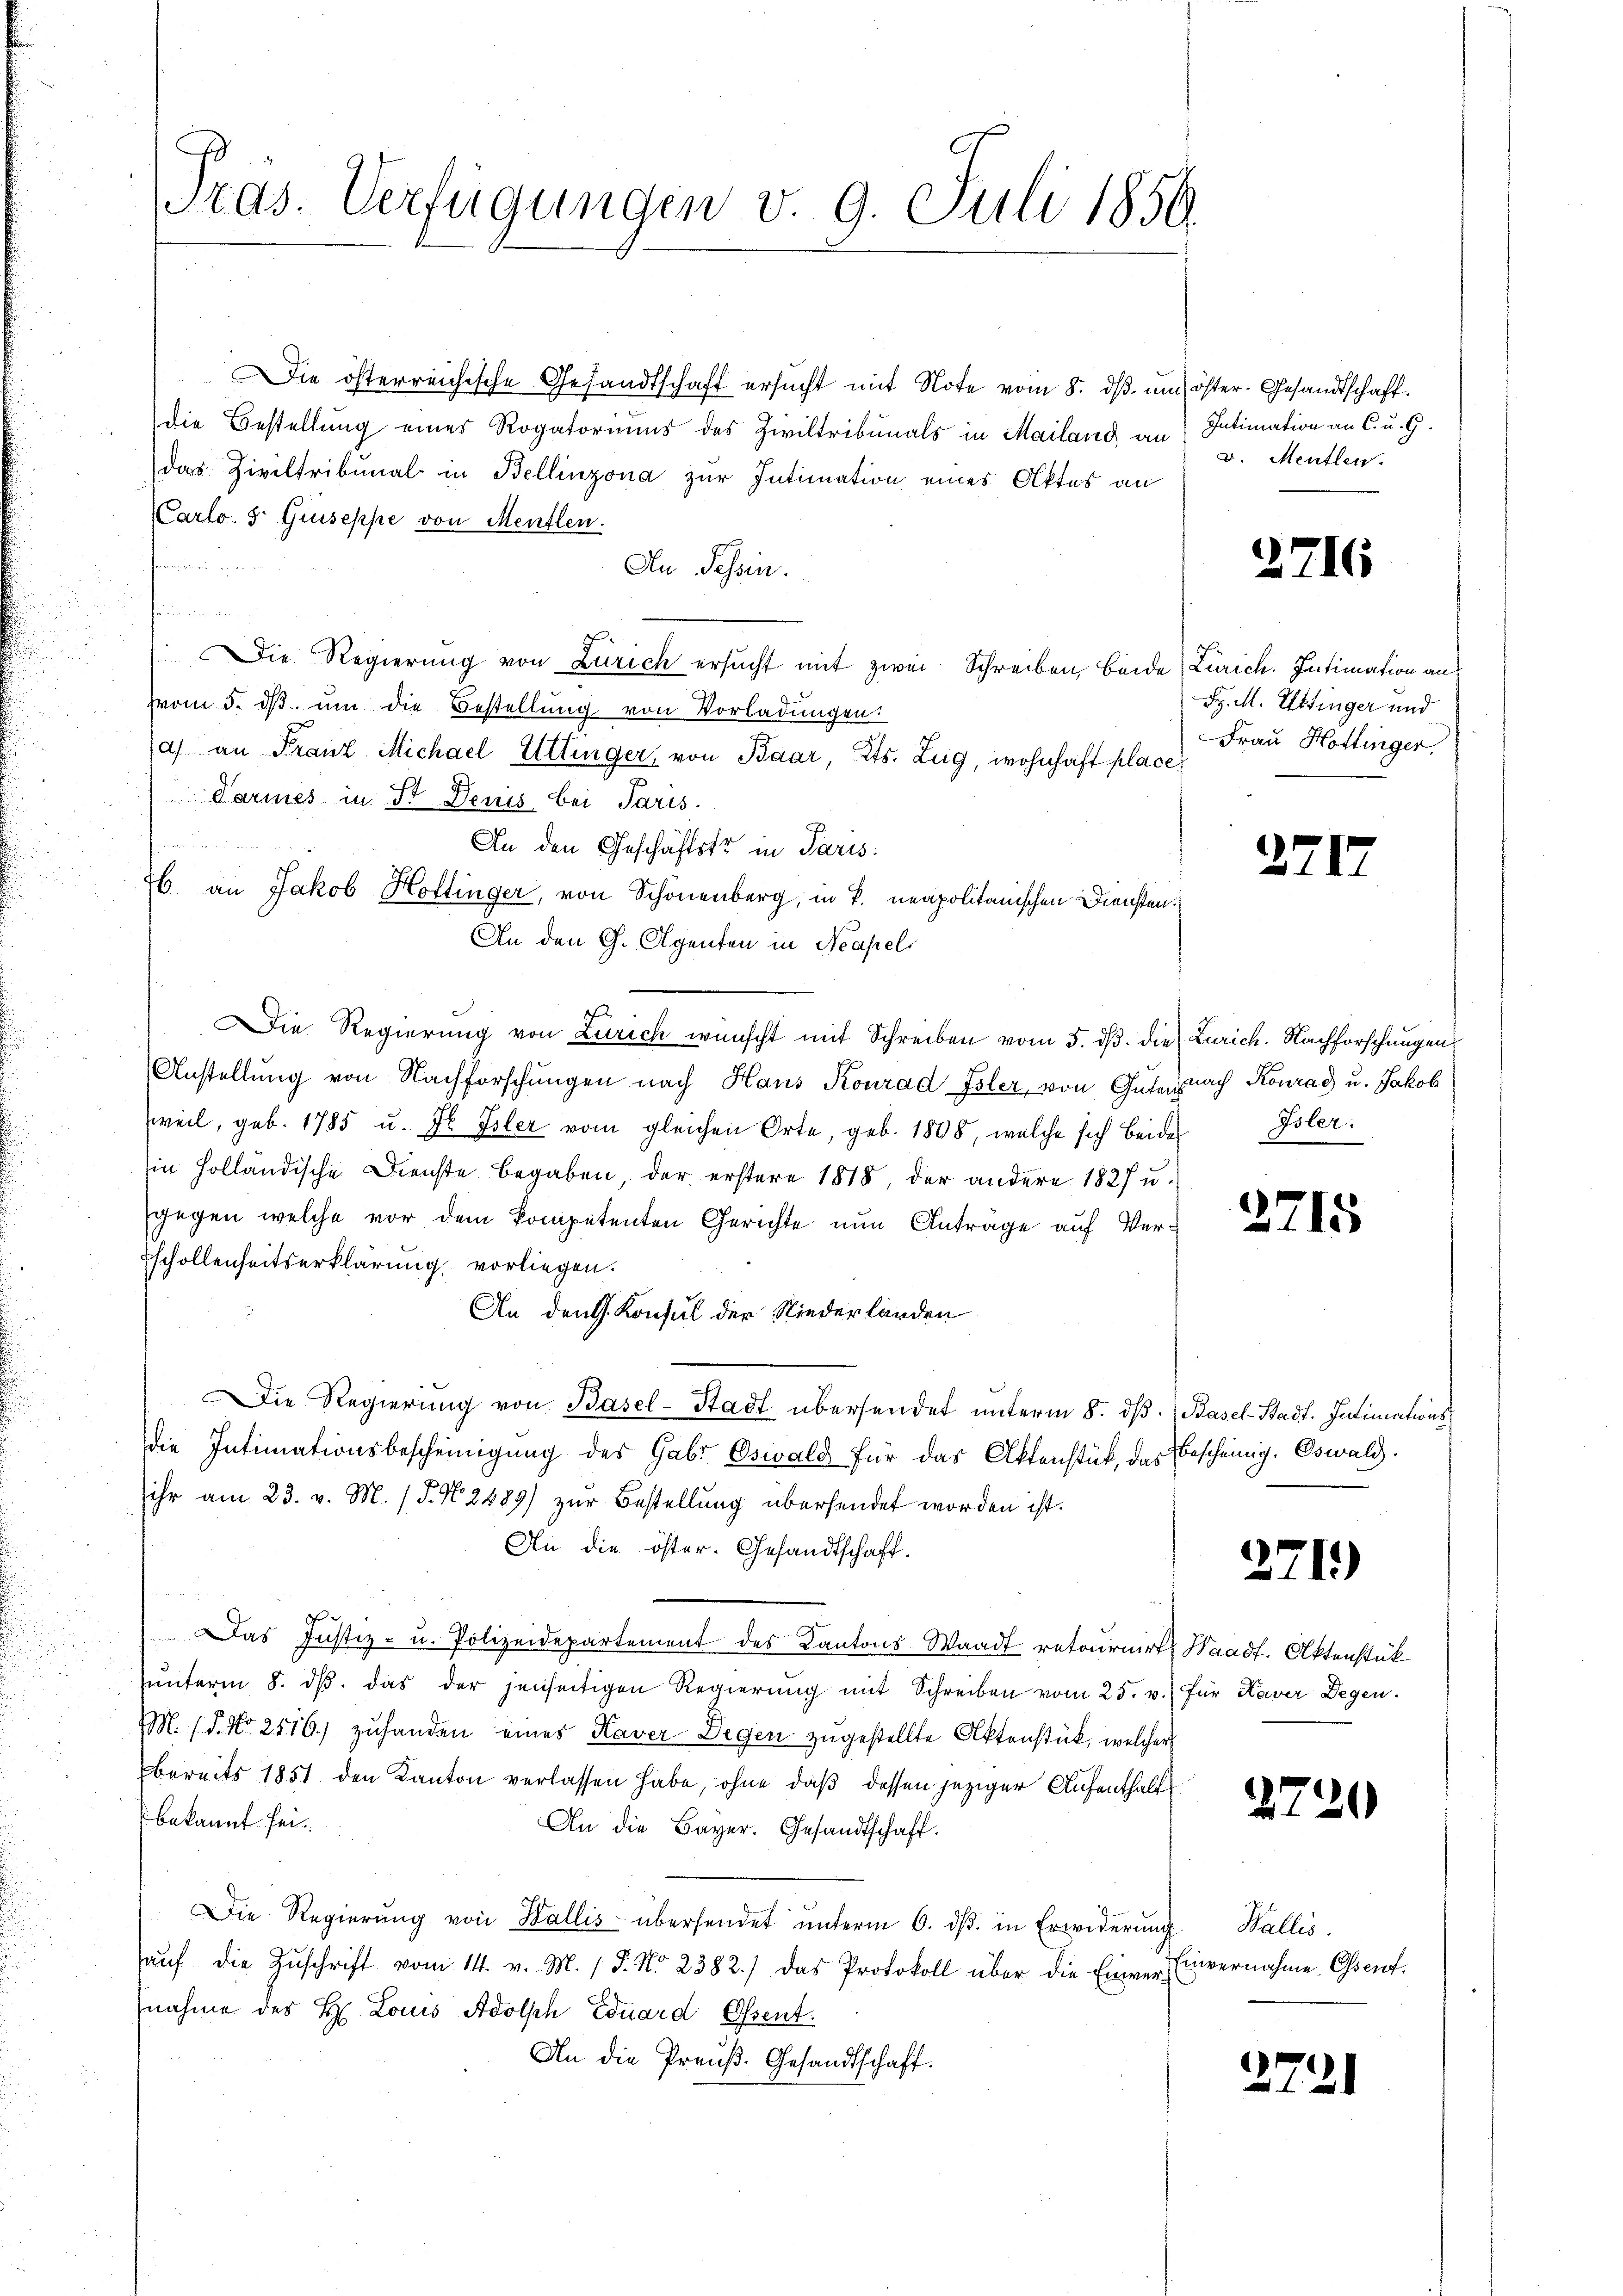
ras. Verfügungen v. 9. Juli 1856.

Die österreichische Gesandtschaft ersucht mit Note vom 8. ds. um öster Gesandtschaft.
die Bestellung eines Rogatoriums des Ziviltribunals in Mailand an
das Ziviltribunal in Bellinzona zur Intimation eines Aktes an
(Carlo 5 Giuseppe von Menflen.
e
An Tessin.
in
f
: Die Regierung von Zürich ersucht mit zwei Schreiben, beide
vom 5. dβ ŭm die Bestellŭng von Vorladungen.
a) an Franz Michael Uttinger, von Baar, Kts. Zug, wohnhaft place
 Carmes in Sr. Denis bei Paris.
 x 2 2
An den Geschäftstr in Paris
26 an Jakob Hottinger, von Schönenberg, in B. neapolitanischen Diensten.
An den G. Agenten in Neapels
Die Regierung von Zürich wünscht mit Schreiben vom 5. dβ. die
Anstellŭng von Nachforschungen nach Haus Konrad Isler, von Gute nach Konrad u. Jakob
weil, geb. 1785 u. F. Isler vom gleichen Orte, geb. 1808, welche sich beide Isler
in holländische Dienste begaben, der erstere 1818, der andere 1827 u.
gegen welche vor dem kompetenten Gerichte nun Antrage auf Ver¬
Eschollenheitserklärung vorliegen.
An den G. Konsul der Niederländen
Die Regierŭng von Basel-Stadt übersendet unterm 8. dβ. Basel-Stadt. Intimationsdie Intimationsbescheinigung des Gabr Oswald für das Aktenstück, das bescheinig. Oswald
ihr am 23. v. M. (T. N. 2489) zŭr Bestellung übersendet worden ist.
An die öster. Gesandtschaft.
as Justiz- u. Polizeidepartement des Kantons Waadt retournirt, Waadt. Aktenstük
ŭnterm 8. dβ das der jenseitigen Regierung mit Schreiben vom 25. v. für Kaver Degen.
M. 18. No 2516.) zuhanden eines Haver Degen zugestellte Aktenstück, welcher
bereits 1851 den Kanton verlassen habe, ohne daß dessen jeziger Aufenthaltsbekannt sei.
An die Bayer. Gesandtschaft.
Die Regierŭng von Wallis übersendet ŭnterm 6. dβ. in Erwiderŭng
aŭf die Zuschrift vom 14. v. M. 18. No 2382.) das Protokoll über die Einvernahme des H. Louis Adolph Eduard Osent.
An die Preuß. Gesandtschaft.

Intimation an C. u. G.
u. Mentlen.

2716

Zürich. Intimation aus
S. M. Uttinger und
Frau Hottinger.

271

Zürich. Nachforschungen

2715

2719)

2720

Wallis.
unvernahme Osent.

2721